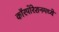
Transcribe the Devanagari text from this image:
कॉरपोरेशनमध्ये